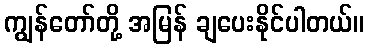
ကျွန်တော်တို့ အမြန် ချပေးနိုင်ပါတယ်။